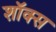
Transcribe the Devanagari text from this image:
शॉक्स